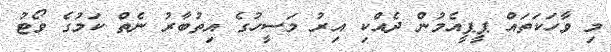
މި ވާހަކަތައް ޕީޕީއެމުން ދެއްކި އިރު މަސީހުގެ އިތުބާރު ނެތް ކަމުގެ ވޯޓު